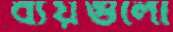
ব্যয়গুলো